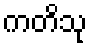
ကတိသု